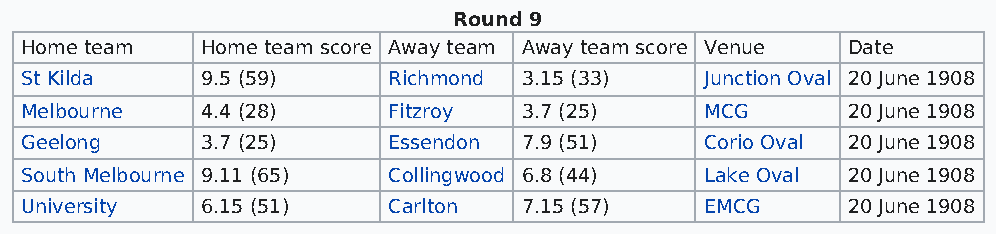
Round 9
 Home team   Home team score Away team Away team score Venue Date
 St Kilda    9.5 (59)     Richmond 3.15 (33)   Junction Oval 20 June 1908
 Melbourne   4.4 (28)     Fitzroy  3.7 (25)    MCG      20 June 1908
 Geelong     3.7 (25)     Essendon 7.9 (51)    Corio Oval 20 June 1908
 South Melbourne 9.11 (65) Collingwood 6.8 (44) Lake Oval 20 June 1908
 University  6.15 (51)    Carlton  7.15 (57)   EMCG     20 June 1908